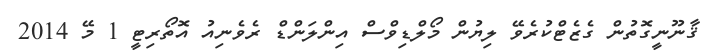
ޤާނޫނީގޮތުން ގެޒެޓްކުރެވޭ ލިޔުން މޯލްޑިވްސް އިންލަންޑް ރެވެނިއު އޮތޯރިޓީ 1 މޭ 2014